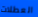
العطلات